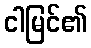
ငါမြင်၏